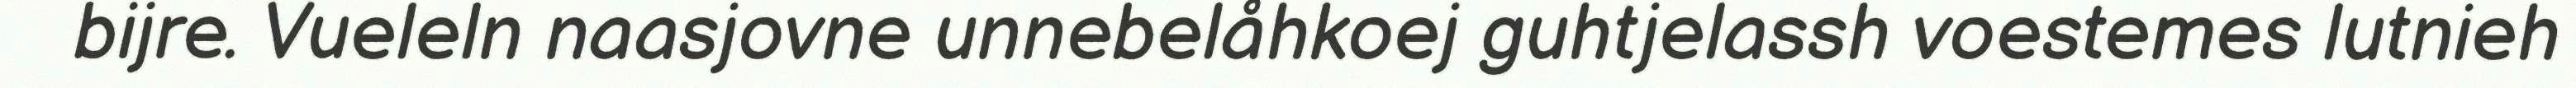
bijre. Vueleln naasjovne unnebelåhkoej guhtjelassh voestemes lutnieh